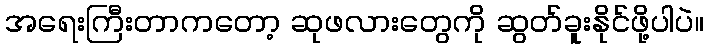
အရေးကြီးတာကတော့ ဆုဖလားတွေကို ဆွတ်ခူးနိုင်ဖို့ပါပဲ။